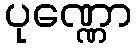
ပုဏ္ဏော